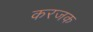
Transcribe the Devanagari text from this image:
करजक